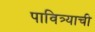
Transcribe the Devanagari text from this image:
पावित्र्याची